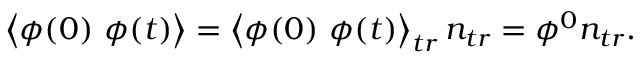
\left\langle \phi ( 0 ) ~ \phi ( t ) \right\rangle = \left\langle \phi ( 0 ) ~ \phi ( t ) \right\rangle _ { t r } n _ { t r } = \phi ^ { 0 } n _ { t r } .